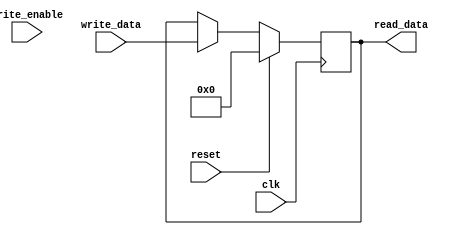
module Register #(parameter REG_WIDTH = 8)
                 (input[REG_WIDTH-1:0]      write_data,
					   input                     write_enable,
						input                     clk,
						input                     reset,
						output reg[REG_WIDTH-1:0] read_data);
						
reg[REG_WIDTH-1:0] data;

assign read_data = data;
						
always@(posedge clk) begin
	if (reset)
		data <= 0;
	else begin
		if (writeEnable) begin
			data <= write_data;
		end
		else begin
			data <= data;
		end
	end
end

endmodule